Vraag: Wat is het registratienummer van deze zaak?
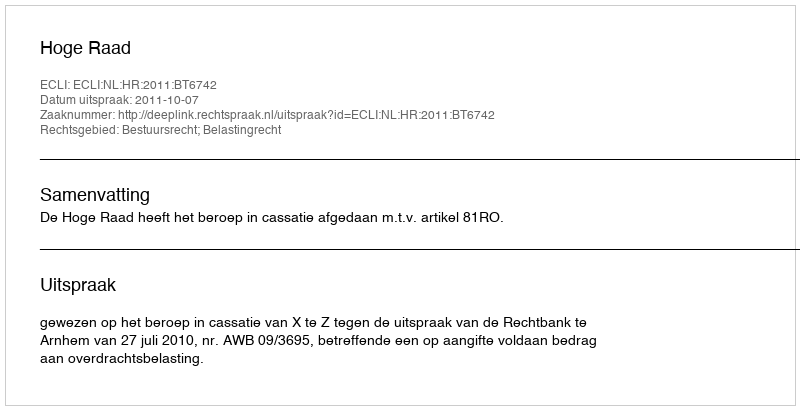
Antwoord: http://deeplink.rechtspraak.nl/uitspraak?id=ECLI:NL:HR:2011:BT6742